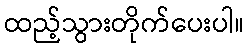
ထည့်သွားတိုက်ပေးပါ။